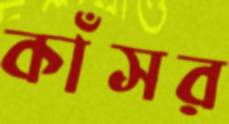
কাঁসর